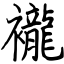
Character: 襱